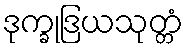
ဒုက္ခုဒြယသုတ္တံ